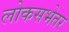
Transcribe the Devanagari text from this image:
लोकसभेतर